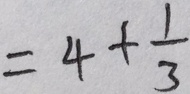
= 4 + \frac { 1 } { 3 }